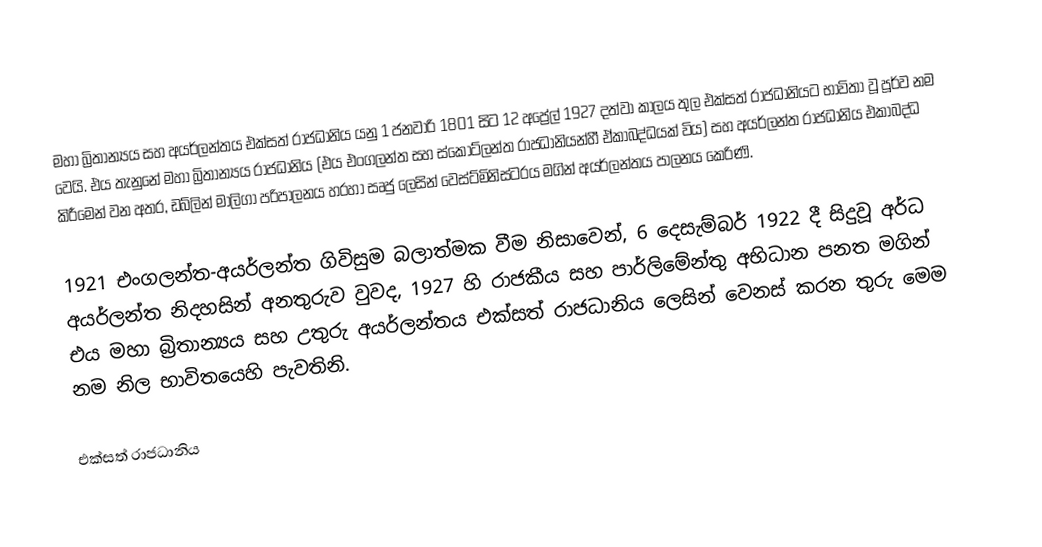
මහා බ්‍රිතාන්‍යය සහ අයර්ලන්තය එක්සත් රාජධානිය යනු  1 ජනවාරි 1801 සිට 12 අප්‍රේල් 1927 දත්වා කාලය තුල එක්සත් රාජධානියට  භාවිතා වූ පූර්ව නම වෙයි. එය තැනුනේ  මහා බ්‍රිතාන්‍යය රාජධානිය (එය එංගලන්ත සහ ස්කොට්ලන්ත රාජධානියන්හී ඒකාබද්ධයක් විය) සහ  අයර්ලන්ත රාජධානිය එකාබද්ධ කිරීමෙන් වන අතර,  ඩබ්ලින් මාලිගා පරිපාලනය හරහා සෘජු ලෙසින් වෙස්ට්මිනිස්ටරය මගින් අයර්ලන්තය පාලනය කෙරිණි.

1921 එංගලන්ත-අයර්ලන්ත ගිවිසුම බලාත්මක වීම නිසාවෙන්, 6 දෙසැම්බර් 1922 දී සිදුවූ  අර්ධ අයර්ලන්ත නිදහසින් අනතුරුව වුවද, 1927 හි රාජකීය සහ පාර්ලිමේන්තු අභිධාන පනත මගින් එය මහා බ්‍රිතාන්‍යය සහ උතුරු අයර්ලන්තය එක්සත්  රාජධානිය ලෙසින් වෙනස් කරන තුරු මෙම නම නිල භාවිතයෙහි  පැවතිනි.

එක්සත් රාජධානිය